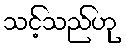
သင့်သည်ဟု